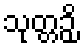
သုတ္တဉှိ